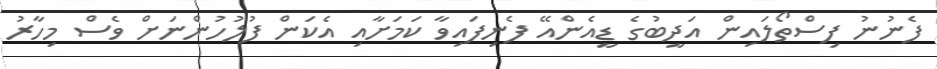
ފެނުނު ފިސްތޯލައިން އަދީބުގެ ޑީއެންއޭ ފެނިފައިވާ ކަމަށާއި އެކަން ފުލުހުންނަށް ވެސް މިހާރު